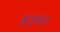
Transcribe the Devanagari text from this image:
४७९०